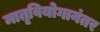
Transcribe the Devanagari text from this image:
मातृवियोगानंतर